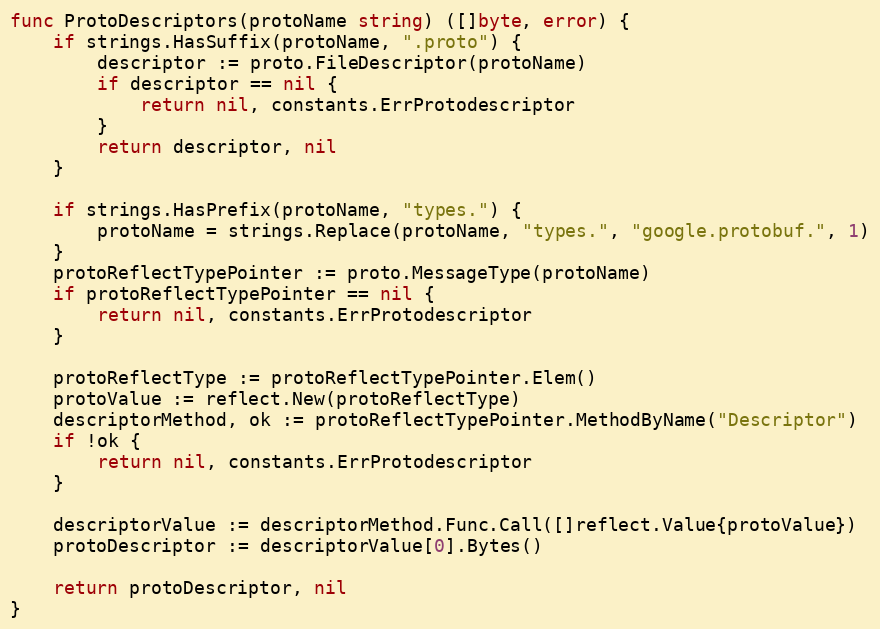
Language: Go
func ProtoDescriptors(protoName string) ([]byte, error) {
	if strings.HasSuffix(protoName, ".proto") {
		descriptor := proto.FileDescriptor(protoName)
		if descriptor == nil {
			return nil, constants.ErrProtodescriptor
		}
		return descriptor, nil
	}

	if strings.HasPrefix(protoName, "types.") {
		protoName = strings.Replace(protoName, "types.", "google.protobuf.", 1)
	}
	protoReflectTypePointer := proto.MessageType(protoName)
	if protoReflectTypePointer == nil {
		return nil, constants.ErrProtodescriptor
	}

	protoReflectType := protoReflectTypePointer.Elem()
	protoValue := reflect.New(protoReflectType)
	descriptorMethod, ok := protoReflectTypePointer.MethodByName("Descriptor")
	if !ok {
		return nil, constants.ErrProtodescriptor
	}

	descriptorValue := descriptorMethod.Func.Call([]reflect.Value{protoValue})
	protoDescriptor := descriptorValue[0].Bytes()

	return protoDescriptor, nil
}